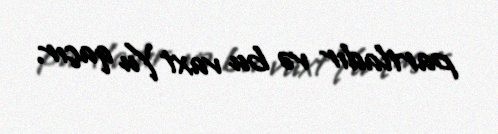
partladır və bu vaxt Yu qaçır.